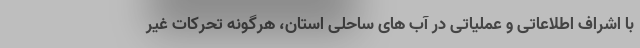
با اشراف اطلاعاتی و عملیاتی در آب های ساحلی استان، هرگونه تحرکات غیر